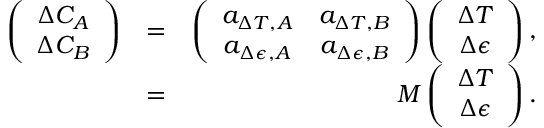
\begin{array} { r l r } { \left( \begin{array} { c } { \Delta C _ { A } } \\ { \Delta C _ { B } } \end{array} \right) } & { = } & { \left( \begin{array} { c c } { a _ { \Delta T , A } } & { a _ { \Delta T , B } } \\ { a _ { \Delta \epsilon , A } } & { a _ { \Delta \epsilon , B } } \end{array} \right) \left( \begin{array} { c } { \Delta T } \\ { \Delta \epsilon } \end{array} \right) , } \\ & { = } & { M \left( \begin{array} { c } { \Delta T } \\ { \Delta \epsilon } \end{array} \right) . } \end{array}